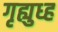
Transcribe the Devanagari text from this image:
गृह्युध्ह